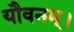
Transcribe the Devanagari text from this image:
यौवनम्।